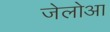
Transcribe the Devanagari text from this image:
जेलोआ